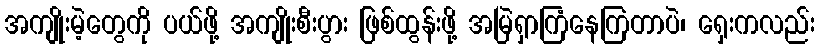
အကျိုးမဲ့တွေကို ပယ်ဖို့ အကျိုးစီးပွား ဖြစ်ထွန်းဖို့ အမြဲရှာကြံနေကြတာပဲ၊ ရှေးကလည်း